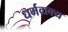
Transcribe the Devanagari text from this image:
धर्मवाक्य